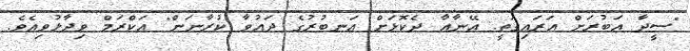
"ސީދާ އަބުރަށް އަރައިގަތީ. އޭނާއާ ދެކޮޅަށް އަނބުރުގެ ދައުވާ ކުރާނަން" އަކްރަމް ވިދާޅުވިއެވެ.